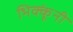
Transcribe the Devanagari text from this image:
भिक्कूंनी